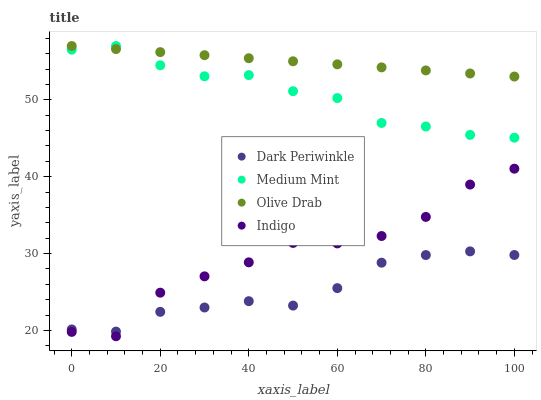
| xaxis_label | Dark Periwinkle | Medium Mint | Olive Drab | Indigo |
 | --- | --- | --- | --- | --- |
 | 0 | 20.1 | 56.5 | 57 | 19.8 |
 | 10 | 19.9 | 57 | 56.6 | 19.3 |
 | 20 | 22.4 | 54.5 | 56.2 | 24.9 |
 | 30 | 23 | 53.1 | 55.8 | 27 |
 | 40 | 23.8 | 53.2 | 55.4 | 28.9 |
 | 50 | 23.2 | 51.1 | 55 | 31.4 |
 | 60 | 25.5 | 50.2 | 54.6 | 31.3 |
 | 70 | 28.8 | 47 | 54.2 | 32.3 |
 | 80 | 29.8 | 46.5 | 53.8 | 34.8 |
 | 90 | 30.3 | 45.4 | 53.4 | 39 |
 | 100 | 29.8 | 45.1 | 53 | 41 |